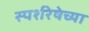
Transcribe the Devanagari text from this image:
स्पर्शरेषेच्या